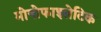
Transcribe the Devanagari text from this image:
मोनोफाइलेटिक